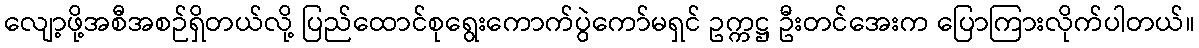
လျော့ဖို့အစီအစဉ်ရှိတယ်လို့ ပြည်ထောင်စုရွေးကောက်ပွဲကော်မရှင် ဥက္ကဋ္ဌ ဦးတင်အေးက ပြောကြားလိုက်ပါတယ်။